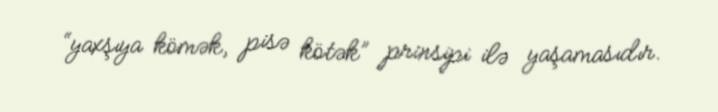
“yaxşıya kömək, pisə kötək” prinsipi ilə yaşamasıdır.